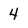
Character: 4